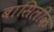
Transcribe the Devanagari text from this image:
बासिलीक